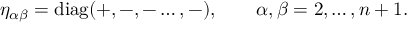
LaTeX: \eta _ { \alpha \beta } = \mathrm { d i a g } ( + , - , - \dots , - ) , ~ ~ ~ \quad \alpha , \beta = 2 , \dots , n + 1 .